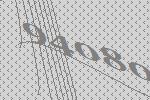
94080